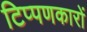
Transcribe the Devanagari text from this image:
टिप्पणकारों